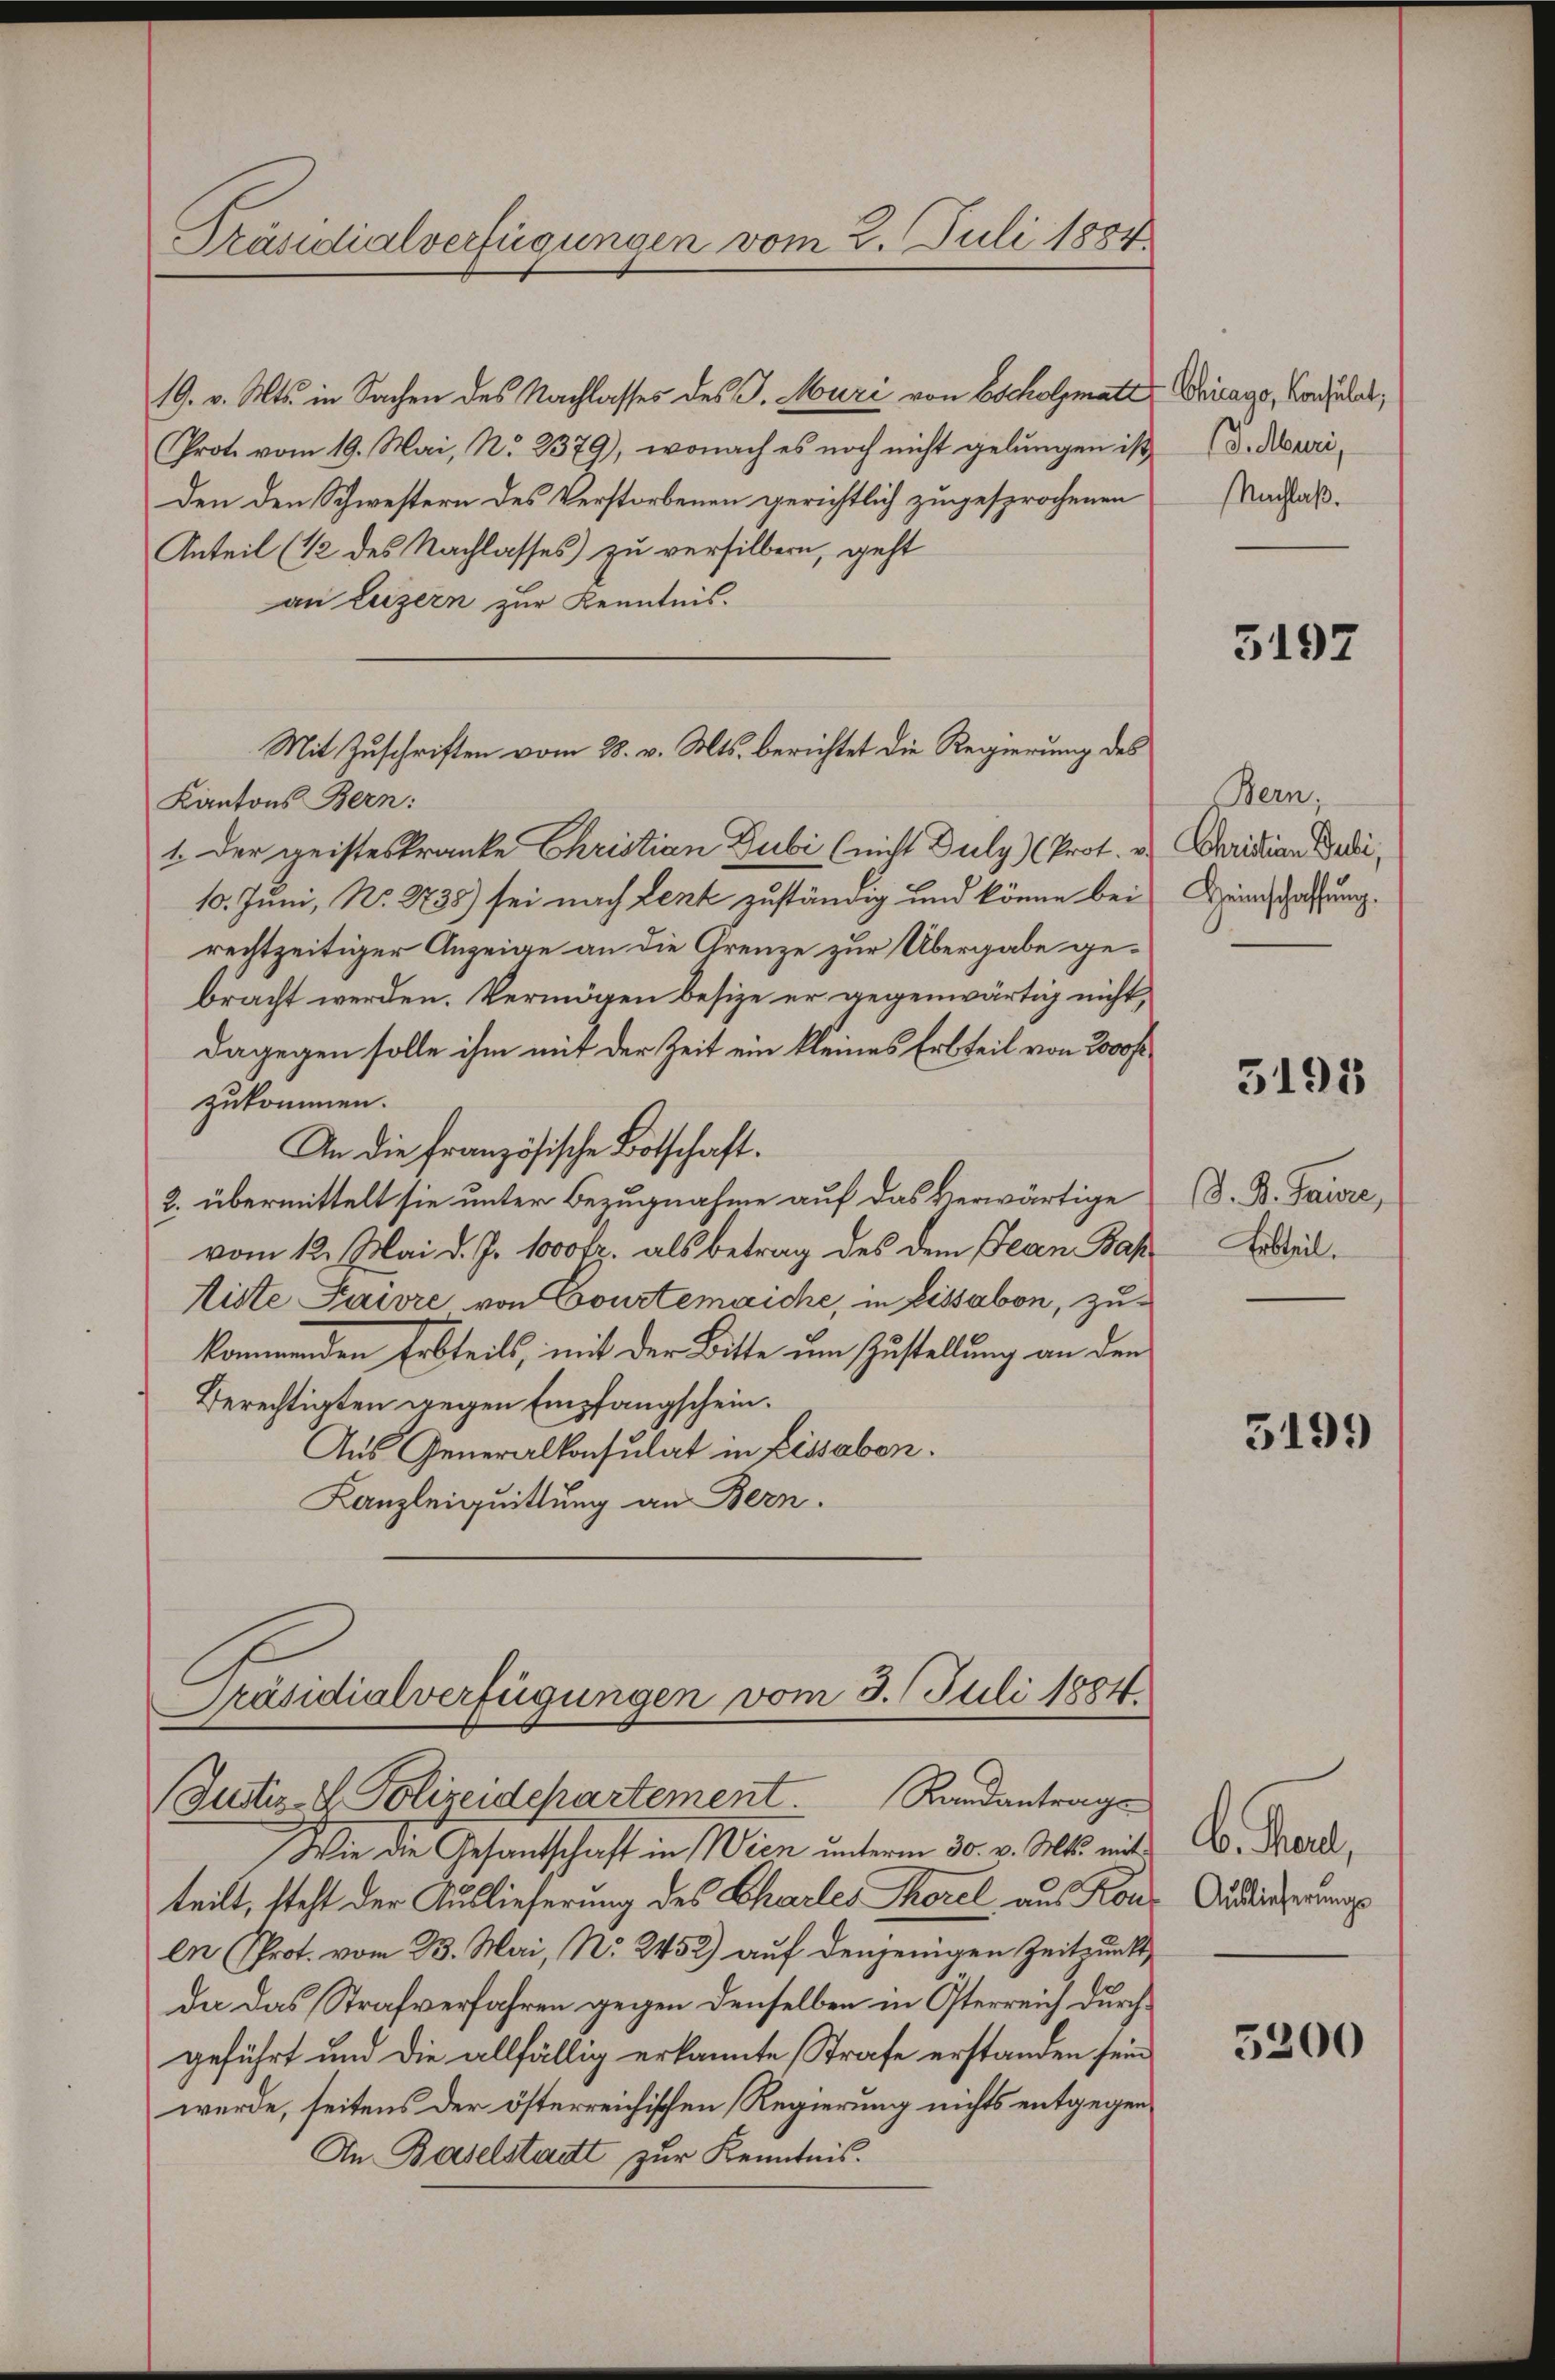
Präsidialverfügungen vom 2. Juli 1884

19. v. Mts. in Sachen des Nachlasses des J. Muri von Escholzmatt
Prote vom 19. Mai, N. 2379), wonach es noch nicht gelungen ist,
Den den Schwestern des Verstorbenen gerichtlich zugesprochenen
Anteil (12 des Nachlasses) zu versilbern, geht
an Luzern zur Kenntnis.
Kantons Bern:
1. Der geisteskranke Christian Dubi (nicht Duly) Prot. v. Aaridian Dedi¬
10. Juni, No. 2738) sei nach Lenk zuständig und könne bei
rechtzeitiger Anzeige an die Grenze zur Übergabe gebracht werden. Vermögen besize er gegenwärtig nicht,
dagegen solle ihm mit der Zeit ein kleines Erbteil von 2000fr
zukommen.
An die französische Botschaft.
2. übermittelt sie unter Bezugnahme auf das Verwärtige
vom 12. Mai d. J. 1000fr. als betrag des dem Jean Bap
Liste Faiore von Courtemaiche, in fissabon, zukommenden Erbteils, mit der Bitte um Zustellung an den
Berechtigten gegen Empfangschein.
Aus Generalkonsulat in Lissabon.
Kanzleiquittung an Bern.
Präsidialverfügungen vom 3. Juli 1884.
Justiz- & Polizeidepartement Randantrags
Wie die Gesantschaft in Wien unterm 30. v. Mts. mit
teilt, steht der Auslieferung des Charles Morel aus Konen Prot. vom 23. Mai, N. 2452) auf denjenigen Zeitpunkt,
da das Strafverfahren gegen denselben in Österreich durchgeführt und die allfällig erkannte Strafe erstanden sein
werde, seitens der österreichischen Regierung nichts entgegen
An Baselstatt zur Kenntnis.

Mit Zuschriften vom 28. v. Mts. berichtet die Regierung des

Chicago, Konsulat,
(. Muri,
Nachlaß.

3197

Bern,
Heinschaffung.

3195

. B. Paure,
Erbteil.

3199

b. Paul,
Auslieferungs

5200